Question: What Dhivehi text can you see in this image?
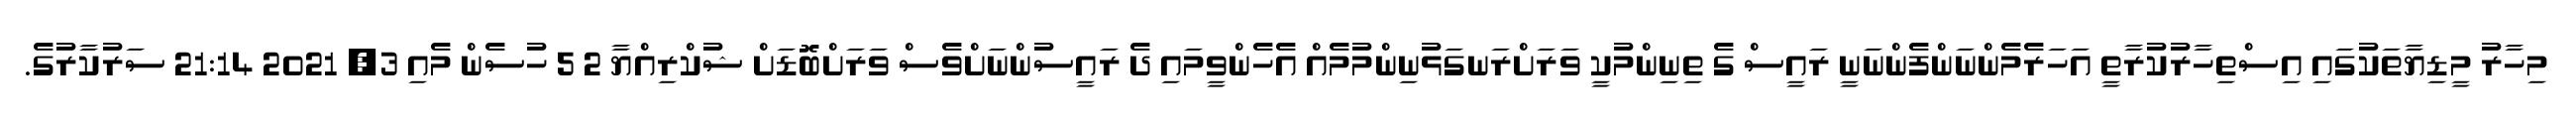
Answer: މިހާރު މީޑިޔާތަކުގައި އިސްތިހާރުކުރާތީ އަހަރެމެންނަންފެންނަނީ ރައީސް ގެ ތިނިންމުކީ ވަރަށްރަނގަޅުނިންމުމެއް އެހެންވީމައި ދެ ރައީސުންނަށްވެސް ވަރަށްބޮޑަށް ޝުކްރިއްޔާ 2 5 ހުސެން މެއި 3, 2021 21:14 ސަރުކާރުގެ.